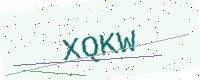
Text: XQKW